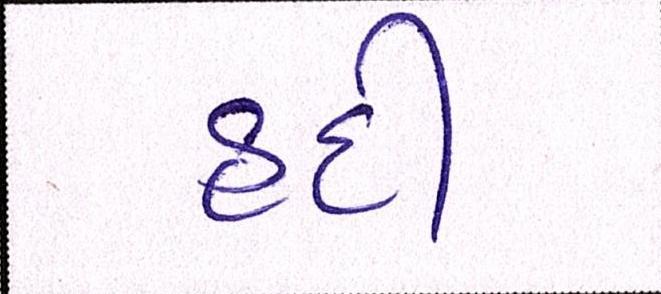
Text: હદી